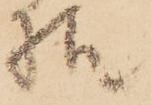
様